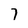
Character: 7